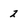
Character: 2